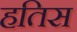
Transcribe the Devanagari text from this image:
हतिस